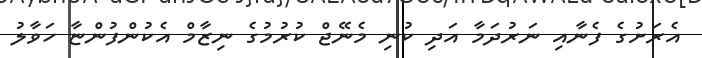
އެރަށުގެ ފެނާއި ނަރުދަމާ އަދި ކުނި މެނޭޖް ކުރުމުގެ ނިޒާމް އެކުންފުންޏާ ހަވާލު